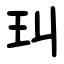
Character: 㺩